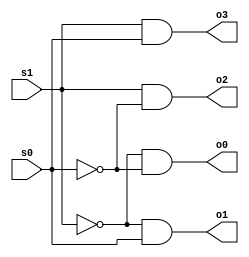
//Ehsan Hosseinzadeh Khaligh
////
////decoder1x2.v, 1x2 decoder, gate synthesis
////
////how to compile: ~changw/ivl/bin/iverilog decoder1x2.v
////how to run: ./a.out
//
///*
//old-style comments starts with "slash-star"
//why didn't I do this: x=y*z;
//all comments until "star-slash"
//*/
//
module DecoderMod(s1, s0, o0, o1, o2, o3); // module definition
  input s1, s0;
  output o0, o1, o2, o3;

  wire s1_inv, s0_inv;

  not(s1_inv, s1);
  not(s0_inv, s0);
  and(o0, s1_inv, s0_inv);
  and(o1, s1_inv, s0);
  and(o2, s1, s0_inv);
  and(o3, s1, s0);
endmodule

module TestMod; 
  reg s1,s0;       
  wire o0, o1, o2, o3; 

DecoderMod my_decoder(s1, s0, o0, o1, o2, o3); // create instance

initial begin
   $monitor("%0d\t%b\t%b\t%b\t%b\t%b\t%b", $time, s1, s0, o0, o1, o2, o3);
   $display("Time\ts1\ts0\to0\to1\to2\to3");
   $display("----------------------------------------------------");
end

initial begin
  s1=0; s0=0; 
  #1;          // wait 1 simulation time unit/cycle
  s1=0; s0=1;
  #1;
  s1=1; s0=0;
  #1
  s1=1; s0=1;
end
endmodule